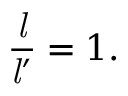
{ \frac { \mathit { l } } { { \mathit { l } } ^ { \prime } } } = 1 .